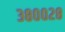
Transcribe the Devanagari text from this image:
३८००२८